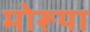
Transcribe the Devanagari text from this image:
मोरूया